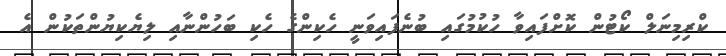
ކްރިމިނަލް ކޯޓުން ކޮށްފައިވާ ހުކުމުގައި ބުނެފައިވަނީ ހެކިންގެ ހެކި ބަހުންނާއި ލިޔެކިޔުންތަކުން އެ